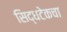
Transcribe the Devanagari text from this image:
सिद्धटेकचा